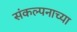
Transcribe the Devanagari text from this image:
संकल्पनाच्या